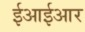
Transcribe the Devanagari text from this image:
ईआईआर